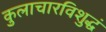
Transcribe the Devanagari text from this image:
कुलाचारविशुद्धं